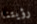
رؤيتنا